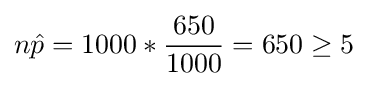
n{\hat {p}}=1000*{\frac {650}{1000}}=650\geq 5